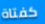
كفتاة